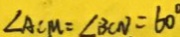
\angle A C M = \angle 3 C N = 6 0 ^ { \circ }